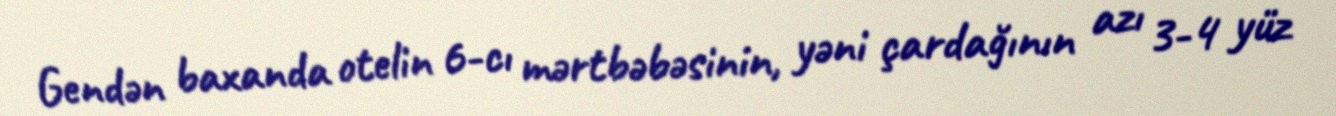
Gendən baxanda otelin 6-cı mərtbəbəsinin, yəni çardağının azı 3-4 yüz